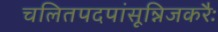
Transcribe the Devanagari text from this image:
चलितपदपांसून्निजकरैः